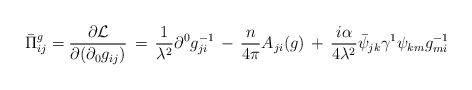
\begin{align*}\bar{\Pi}^{g}_{ij}=\frac{\partial {\cal L}}{\partial (\partial_{0}g_{ij})}\,=\,\frac{1}{\lambda^2}\partial^{0}g^{-1}_{ji}\,-\,\frac{n}{4\pi}A_{ji}(g)\,+\,\frac{i\alpha}{4\lambda^2}\bar{\psi}_{jk}\gamma^1\psi_{km}g^{-1}_{mi}\end{align*}